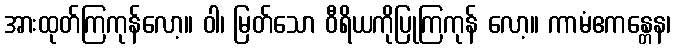
အားထုတ်ကြကုန်လော့။ ဝါ၊ မြတ်သော ဝီရိယကိုပြုကြကုန် လော့။ ကာမံဧကန္တေန၊